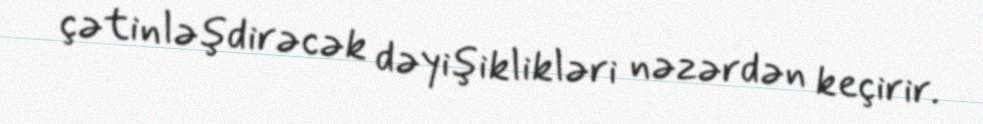
çətinləşdirəcək dəyişiklikləri nəzərdən keçirir.